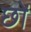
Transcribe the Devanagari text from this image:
छों